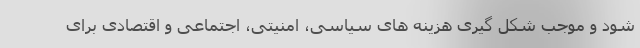
شود و موجب شکل گیری هزینه های سیاسی، امنیتی، اجتماعی و اقتصادی برای